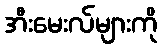
အီးမေးလ်များကို